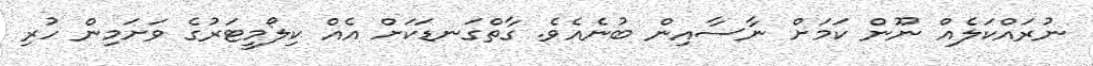
ނުރައްކަލެއް ނޫން ކަމަށް ނާސާއިން ބުނެއެވެ. ގާތްގަނޑަކަށް އެއް ކިލޯމީޓަރުގެ ވަށަމިން ހުރި